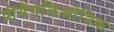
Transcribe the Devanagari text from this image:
प्रीगैंगलिओनिक